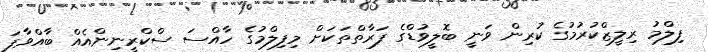
ފިލްމު ރިލީޒްކުރުމުގެ ކުރިން ވަނީ ބޮލީވުޑްގެ ފަރާތްތަކަށް މިފިލްމުގެ ހާއްސަ ސްކްރީނިންއެއް ބާއްވާފަ